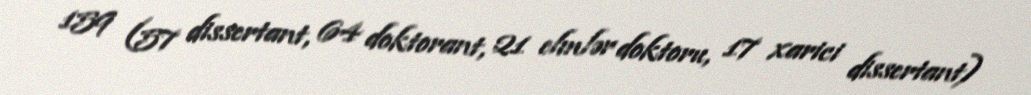
159 (57 dissertant, 64 doktorant, 21 elmlər doktoru, 17 xarici dissertant)